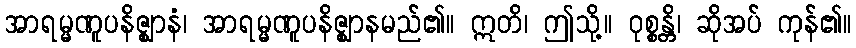
အာရမ္မဏူပနိဇ္ဈာနံ၊ အာရမ္မဏူပနိဇ္ဈာနမည်၏။ ဣတိ၊ ဤသို့။ ဝုစ္စန္တိ၊ ဆိုအပ် ကုန်၏။